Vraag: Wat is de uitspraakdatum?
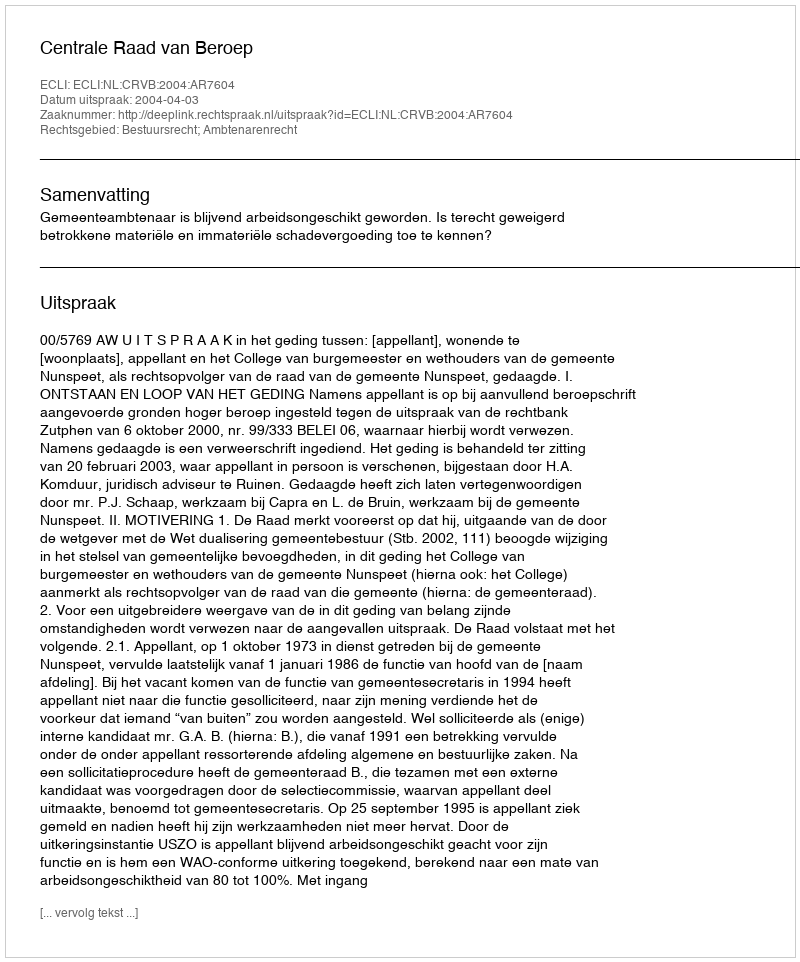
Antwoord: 2004-04-03